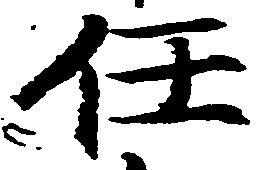
任